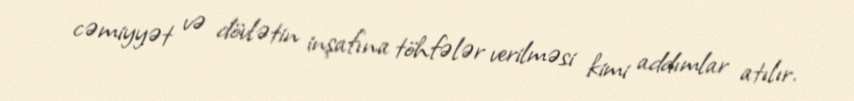
cəmiyyət və dövlətin inşafına töhfələr verilməsi kimi addımlar atılır.